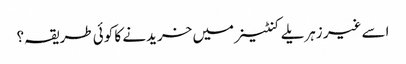
اسے غیر زہریلے کنٹینر میں خریدنے کا کوئی طریقہ؟